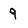
Character: 9